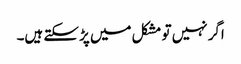
اگر نہیں تو مشکل میں پڑ سکتے ہیں۔